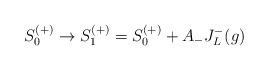
LaTeX: \begin{align*}S_0^{(+)}\rightarrow S_1^{(+)} =S_0^{(+)} +A_- J_L^-(g)\end{align*}